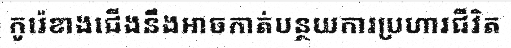
កូរ៉េខាងជើងនឹងអាចកាត់បន្ថយការប្រហារជីវិត